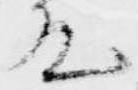
殿